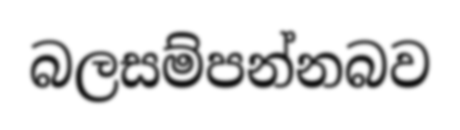
බලසම්පන්නබව